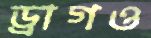
ড্রাগও